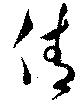
倩